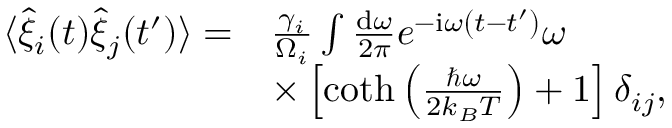
\begin{array} { r l } { \langle \hat { \xi } _ { i } ( t ) \hat { \xi } _ { j } ( t ^ { \prime } ) \rangle = } & { \frac { \gamma _ { i } } { \Omega _ { i } } \int \frac { \mathrm { d } \omega } { 2 \pi } e ^ { - \mathrm { i } \omega \left( t - t ^ { \prime } \right) } \omega } \\ & { \times \left[ \coth \left( \frac { \hbar \omega } { 2 k _ { B } T } \right) + 1 \right] \delta _ { i j } , } \end{array}